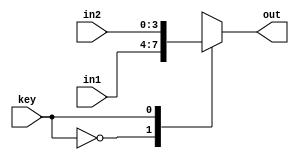
`timescale 1ns / 1ps
//////////////////////////////////////////////////////////////////////////////////
// Company:	-
// 
// Design Name: 	-
// Module Name:    mux2to1_4bit 
// Project Name: 	FPGA implementation of simple XOR cipher
// Target Devices: -
// Tool versions: -
// Description: -
//
// Dependencies: -
//
// Revision: 
// Revision 0.01 - File Created
// Additional Comments: 
//
//////////////////////////////////////////////////////////////////////////////////

module mux2to1_4bit
	(
		input [3:0] in1, in2,
		input key,
		output reg [3:0] out 
	);
	
	always @(in1, in2, key)
		case(key)
			1'b0: out <= in1;
			1'b1: out <= in2;
			default: out <= 1'bx;
		endcase

endmodule